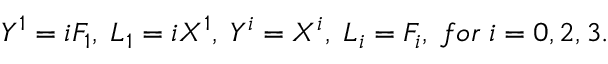
Y ^ { 1 } = i F _ { 1 } , \; L _ { 1 } = i X ^ { 1 } , \; Y ^ { i } = X ^ { i } , \; L _ { i } = F _ { i } , \; f o r \; i = 0 , 2 , 3 .